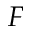
F